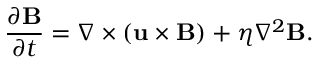
{ \frac { \partial \mathbf { B } } { \partial t } } = \nabla \times ( \mathbf { u } \times \mathbf { B } ) + \eta \nabla ^ { 2 } \mathbf { B } .